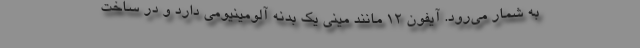
به شمار می‌رود. آیفون ۱۲ مانند مینی یک بدنه آلومینیومی دارد و در ساخت